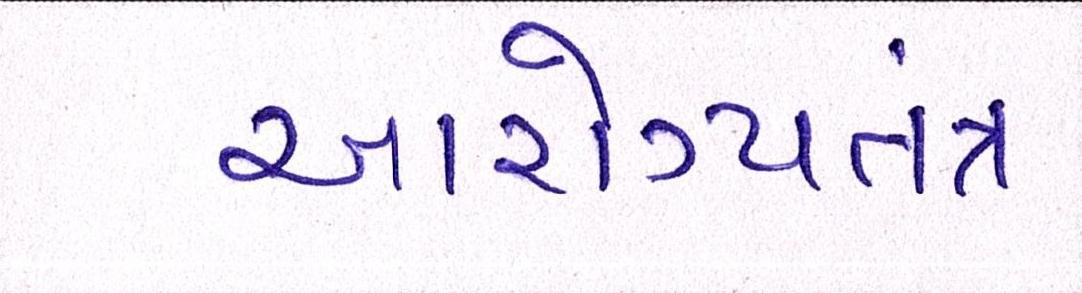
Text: આરોગ્યતંત્ર